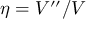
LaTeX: \eta = V ^ { \prime \prime } / V